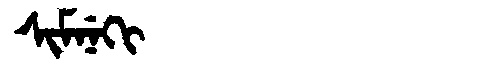
Manchu: ᠰᡳᠮᠨᡝᡴᡳ
Romanization: SIMNEKI